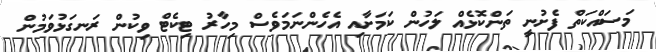
މަސައްކަތް ފެށުނީ ތަންކޮޅެއް ލަހުން ކަމަށާއި އެހެންނަމަވެސް މިހާރު ޓިކެޓް ވިކުން ރަނގަޅުވަމުން